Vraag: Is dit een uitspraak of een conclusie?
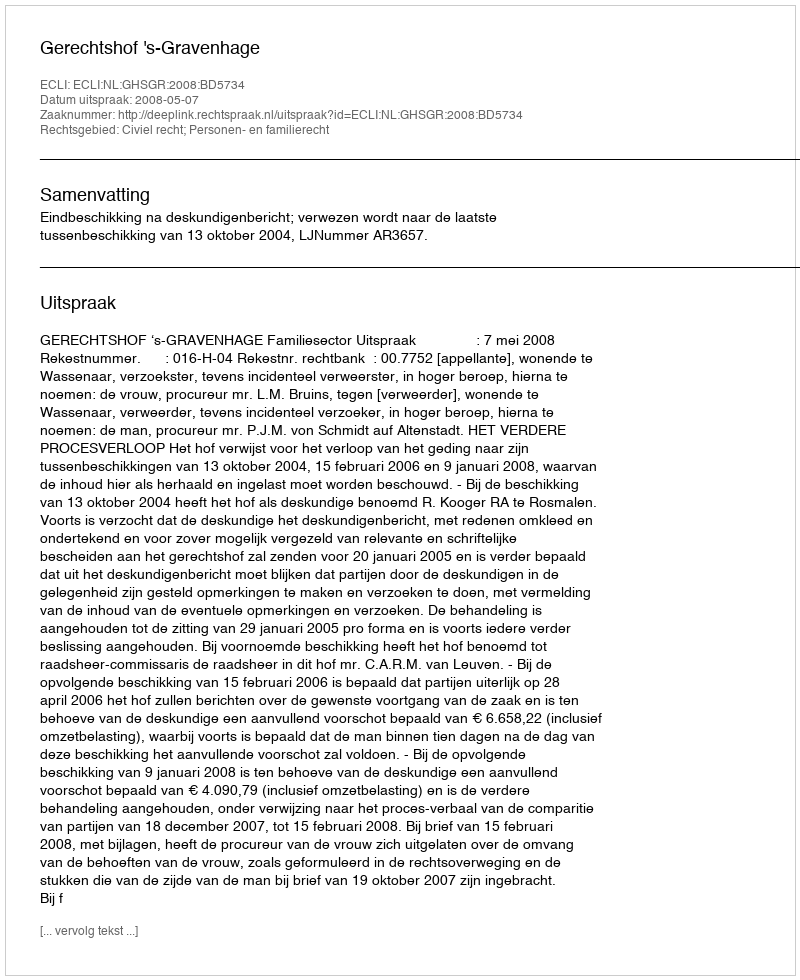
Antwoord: Uitspraak